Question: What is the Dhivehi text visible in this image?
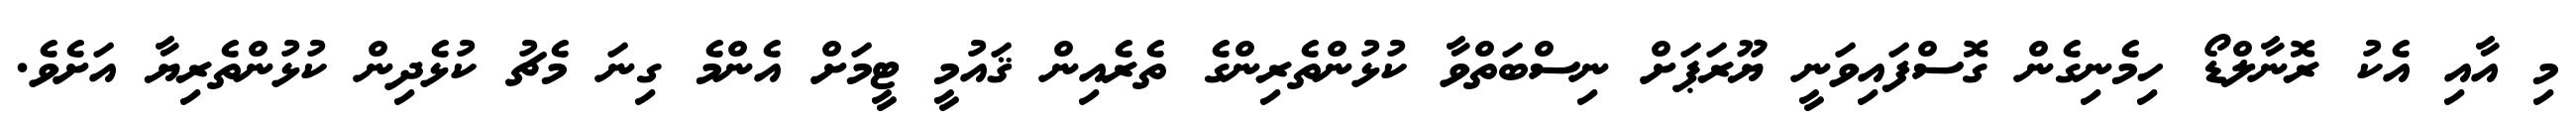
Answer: މި އާއި އެކު ރޮނާލްޑޯ ހިމެނިގެން ގޮސްފައިވަނީ ޔޫރަޕަށް ނިސްބަތްވާ ކުޅުންތެރިންގެ ތެރެއިން ޤައުމީ ޓީމަށް އެންމެ ގިނަ މެޗު ކުޅެދިން ކުޅުންތެރިޔާ އަށެވެ.